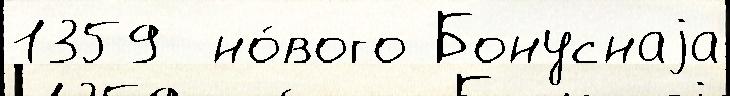
1359  но́вого Бонуснаjа